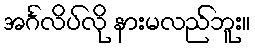
အင်္ဂလိပ်လို နားမလည်ဘူး။